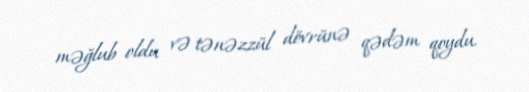
məğlub oldu və tənəzzül dövrünə qədəm qoydu.